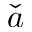
\check { a }